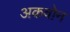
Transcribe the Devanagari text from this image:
अकवोन